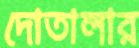
দোতালার